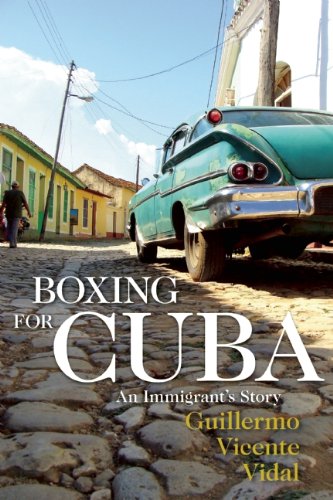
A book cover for Boxing for Cuba: An Immigrant's Story; Guillermo  Vicente Vidal; Biographies & Memoirs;